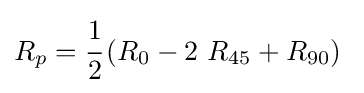
R_{p}={\cfrac {1}{2}}\left(R_{0}-2~R_{45}+R_{90}\right)~